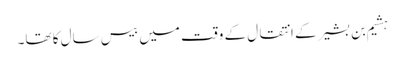
ہشیم بن بشیر کے انتقال کے وقت میں بیس سال کا تھا۔